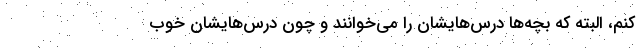
کنم، البته که بچه‌ها درس‌هایشان را می‌خوانند و چون درس‌هایشان خوب